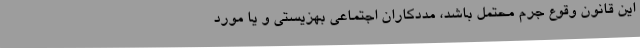
این قانون وقوع جرم محتمل باشد، مددکاران اجتماعی بهزیستی و یا مورد